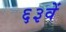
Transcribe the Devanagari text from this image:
६३वें